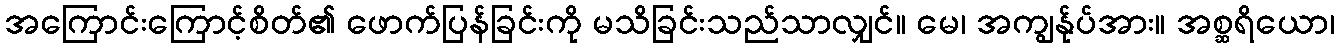
အကြောင်းကြောင့်စိတ်၏ ဖောက်ပြန်ခြင်းကို မသိခြင်းသည်သာလျှင်။ မေ၊ အကျွန်ုပ်အား။ အစ္ဆရိယော၊